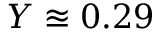
Y \approxeq 0 . 2 9